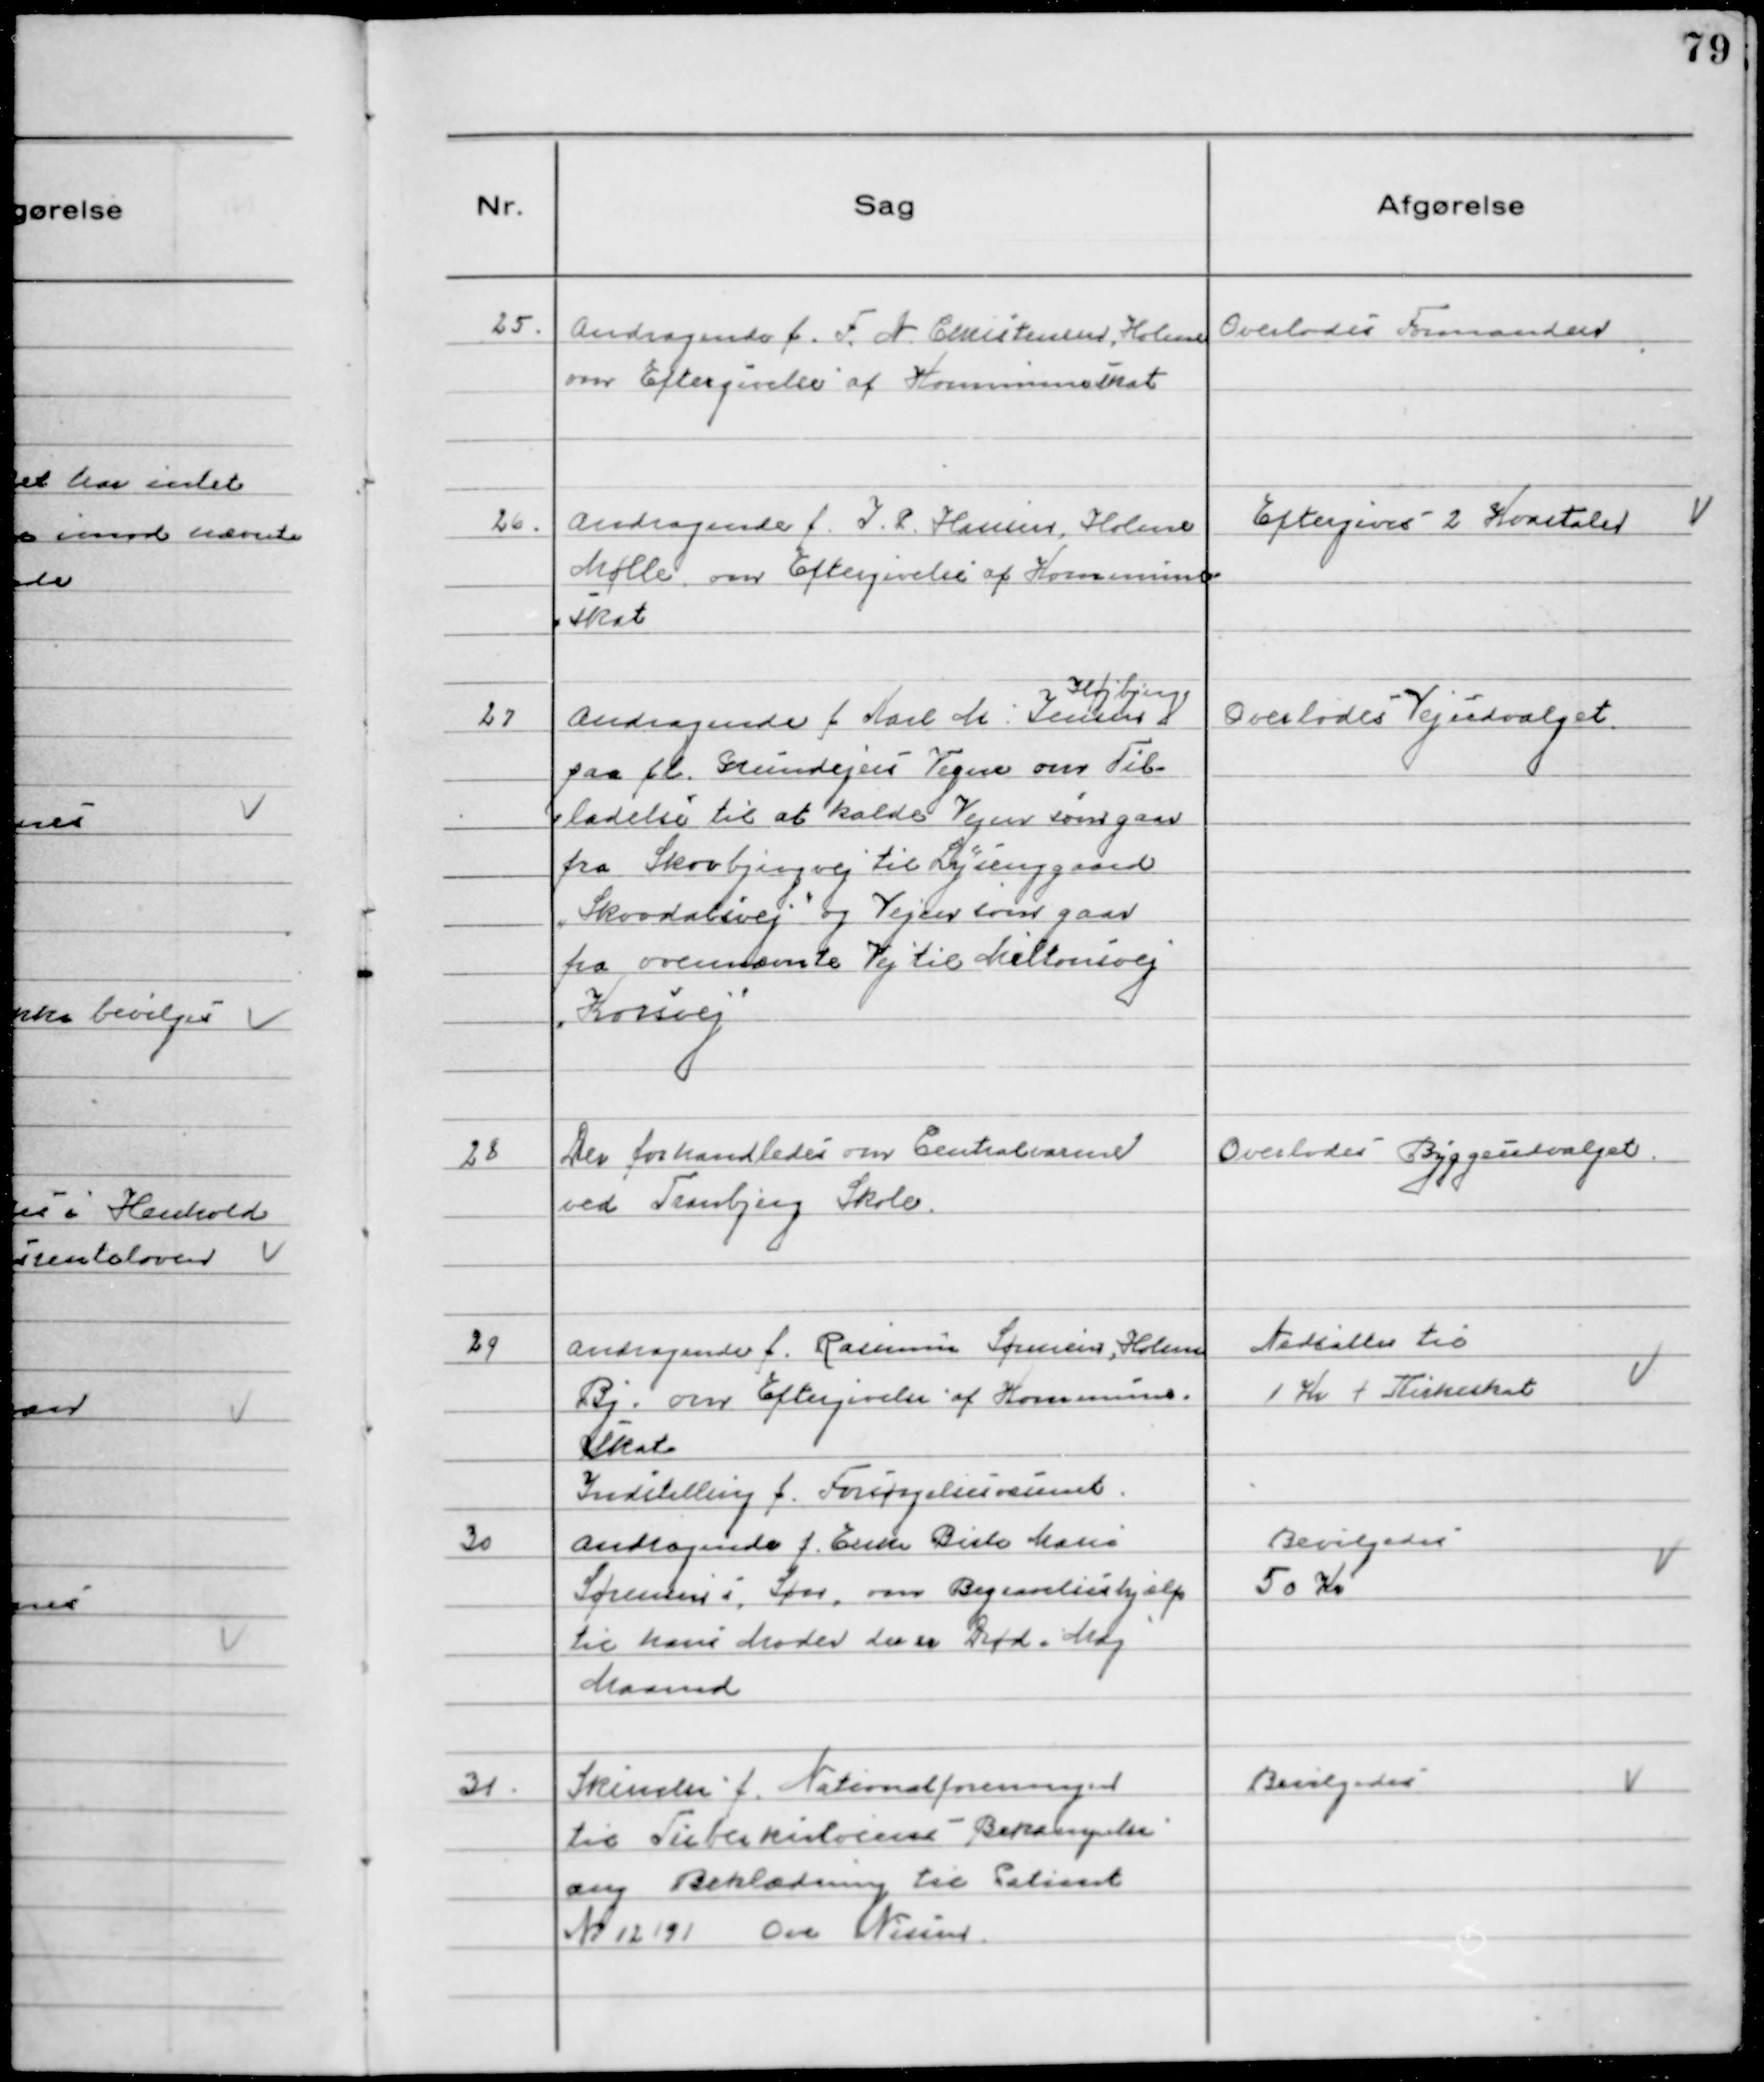
Transskription:
25. Andragende f. F. N. Christensen, Holme
om Eftergivelse af Kommuneskat

Overlodes Formanden

26. Andragende f. I.P. Hansen, Holme
Mølle om Eftergivelse af Kommune
skat

Eftergives 2 Kvartaler

27 Andragende f Karl M. Jensen
Højbjerg
paa fl Grundejers Vegne om Til-
ladelse til at kalde Vejen som gaar
fra Skovbjergvej til Lysenggaard
"Skovdalsvej" og Vejen som gaar
fra ovennævnte Vej til Miltonsvej
"Korsvej"

Overlodes Vejudvalget

28 Der forhandledes om Centralvarme
ved Tranbjerg Skole

Overlodes Byggeudvalget

29 Andragende f. Rasmus Sørensen, Holme
By, om Eftergivelse af Kommune-
skat

Nedsattes til
1 Kv + Kirkeskat

Indstilling f. Forsørgelsesvæsenet

30 Andragende f. Enke Birte Marie
Sørensens, Søn, om Begravelseshjælp
til hans Moder der er Død i Maj
Maaned

Bevilgedes
50 Kr

31. Skrivelse f. Nationalforeningen
til Tuberkulosens Bekæmpelse
ang Beklædning til Patient
Nr. 12191 Ove Nissen

Bevilgedes